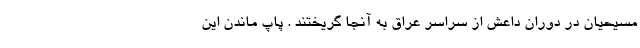
مسیحیان در دوران داعش از سراسر عراق به آنجا گریختند . پاپ ماندن این